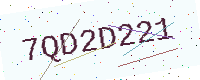
Text: 7QD2D221